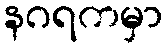
နဂရကမှာ